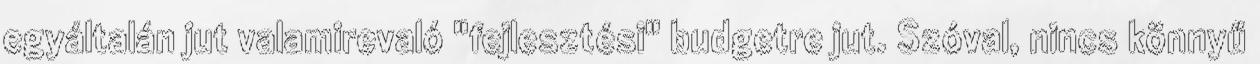
egyáltalán jut valamirevaló "fejlesztési" budgetre jut. Szóval, nincs könnyű